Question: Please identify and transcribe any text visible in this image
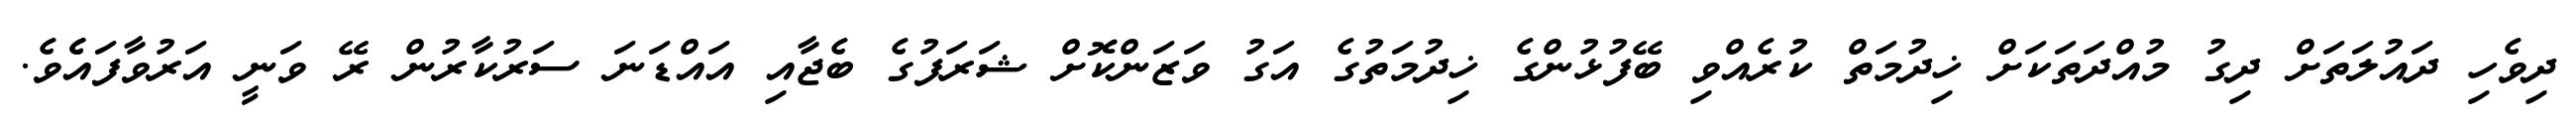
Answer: ދިވެހި ދައުލަތަށް ދިގު މުއްދަތަކަށް ޚިދުމަތް ކުރެއްވި ބޭފުޅުންގެ ޚިދުމަތުގެ އަގު ވަޒަންކޮށް ޝަރަފުގެ ބެޖާއި އައްޑަނަ ސަރުކާރުން ރޭ ވަނީ އަރުވާފައެެވެ.